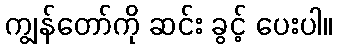
ကျွန်တော်ကို ဆင်း ခွင့် ပေးပါ။